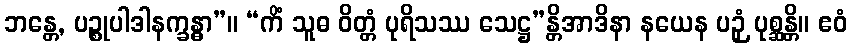
ဘန္တေ, ပဉ္စုပါဒါနက္ခန္ဓာ”။ “ကိံ သူဓ ဝိတ္တံ ပုရိသဿ သေဋ္ဌ”န္တိအာဒိနာ နယေန ပဉှံ ပုစ္ဆန္တိ။ ဧဝံ